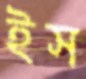
ইস